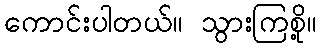
ကောင်းပါတယ်။ သွားကြစို့။